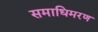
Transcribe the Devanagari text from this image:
समाधिमरण